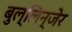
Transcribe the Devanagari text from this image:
बुल्लिन्जेर